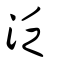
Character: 泛